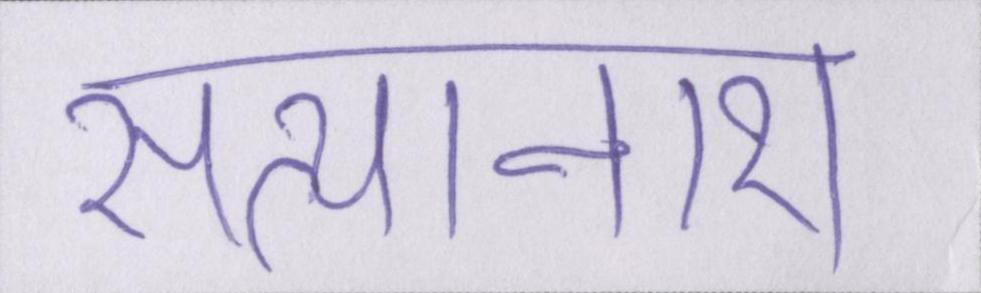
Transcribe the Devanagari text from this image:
सत्यानाश